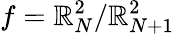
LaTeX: f=\mathbb{R}_{N}^{2}/\mathbb{R}_{N+1}^{2}